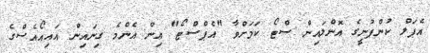
އެޕަލް ކުންފުނީގެ އޮންލައިން ސްޓޯ ކަމަށްވާ "އެޕްސްޓޯ" އިން އެންމެ ގިނައިން އައިއޯއެސްގެ